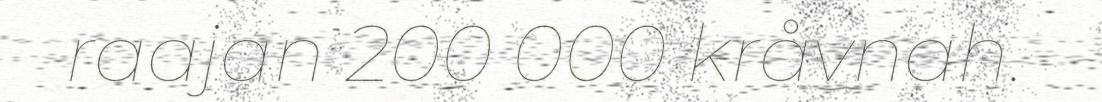
raajan 200 000 kråvnah.